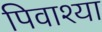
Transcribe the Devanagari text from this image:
पिवाश्या